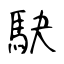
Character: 駃